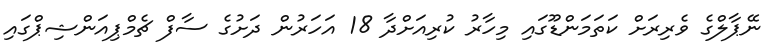
ނޭޕާލްގެ ވެރިރަށް ކަތަމަންޑޫގައި މިހާރު ކުރިއަށްދާ 18 އަހަރުން ދަށުގެ ސާފް ޗެމްޕިއަންޝިޕްގައި